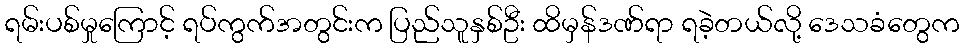
ရမ်းပစ်မှုကြောင့် ရပ်ကွက်အတွင်းက ပြည်သူနှစ်ဦး ထိမှန်ဒဏ်ရာ ရခဲ့တယ်လို့ ဒေသခံတွေက